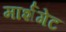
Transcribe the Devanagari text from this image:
मार्शगेट